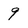
Character: 9